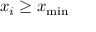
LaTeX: x _ { i } \geq x _ { \operatorname* { m i n } }